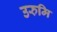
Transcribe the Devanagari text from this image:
उरुमि